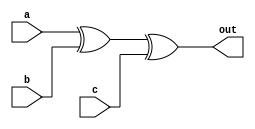
module Oddparitygen(a,b,c,out);
input a,b,c;
output out;
assign out = a^b^c;
endmodule